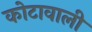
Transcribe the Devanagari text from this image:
कोटावाली